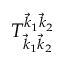
T _ { \vec { k } _ { 1 } \vec { k } _ { 2 } } ^ { \vec { k } _ { 1 } \vec { k } _ { 2 } }